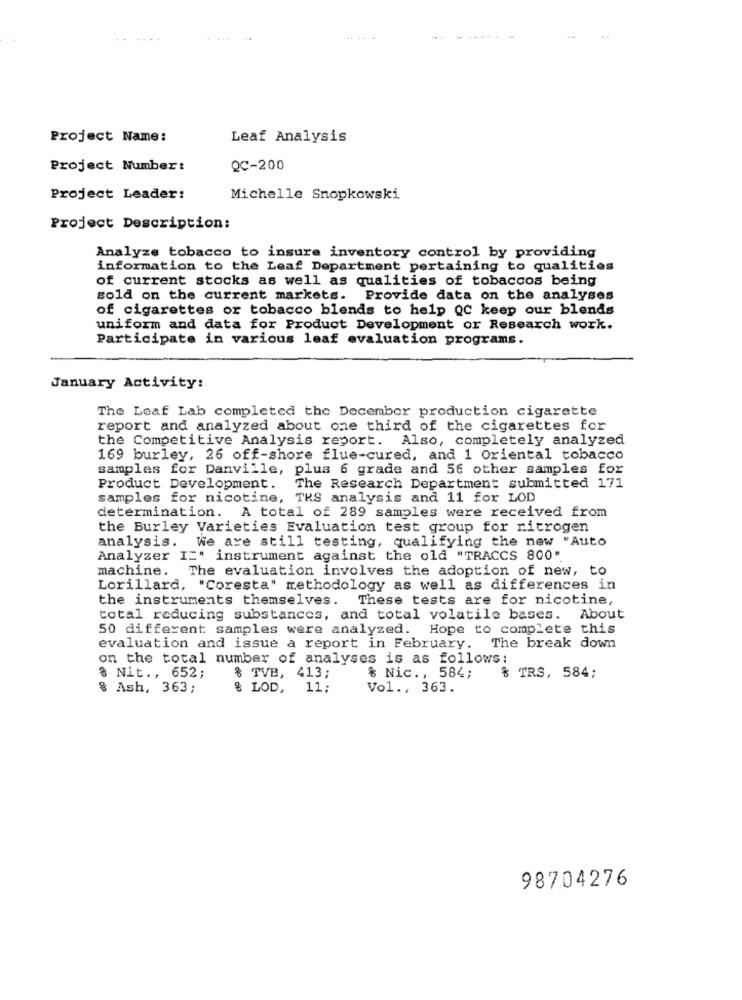
....
.. ..
...
Project Name:
Leaf Analysis
Project Number:
QC-200
Project Leader:
Michelle Snopkowski
Project Description:
Analyze tobacco to insure inventory control by providing
information to the Leaf Department pertaining to qualities
of current stocks as well as qualities of tobaccos being
sold on the current markets. Provide data on the analyses
of cigarettes or tobacco blends to help QC keep our blends
uniform and data for Product Development or Research work.
Participate in various leaf evaluation programs.
January Activity:
The Leaf Lab completed the December production cigarette
report and analyzed about one third of the cigarettes for
the Competitive Analysis report. Also, completely analyzed
169 burley, 26 off-shore flue-cured, and 1 Oriental tobacco
samples for Danville, plus 6 grade and 56 other samples for
Product Development.
The Research Department submitted 171
samples for nicotine, TKS analysis and 11 for LOD
determination. A total of 289 samples were received from
the Burley Varieties Evaluation test group for nitrogen
analysis. We are still testing, qualifying the new "Auto
Analyzer I:' instrument against the old "TRACCS 800"
machine. The evaluation involves the adoption of new, to
Lorillard, "Coresta" methodology as well as differences in
the instruments themselves. These tests are for nicotine,
total reducing substances, and total volatile bases. About
50 different samples were analyzed. Hope to complete this
evaluation and issue a report in February.
The break down
on the total number of analyses is as follows:
% Nit ., 652;
& TVB, 413;
& Nic ., 584;
TRS, 584;
dp
% Ash, 363;
8 LOD,
11;
Vol ., 363.
98704276